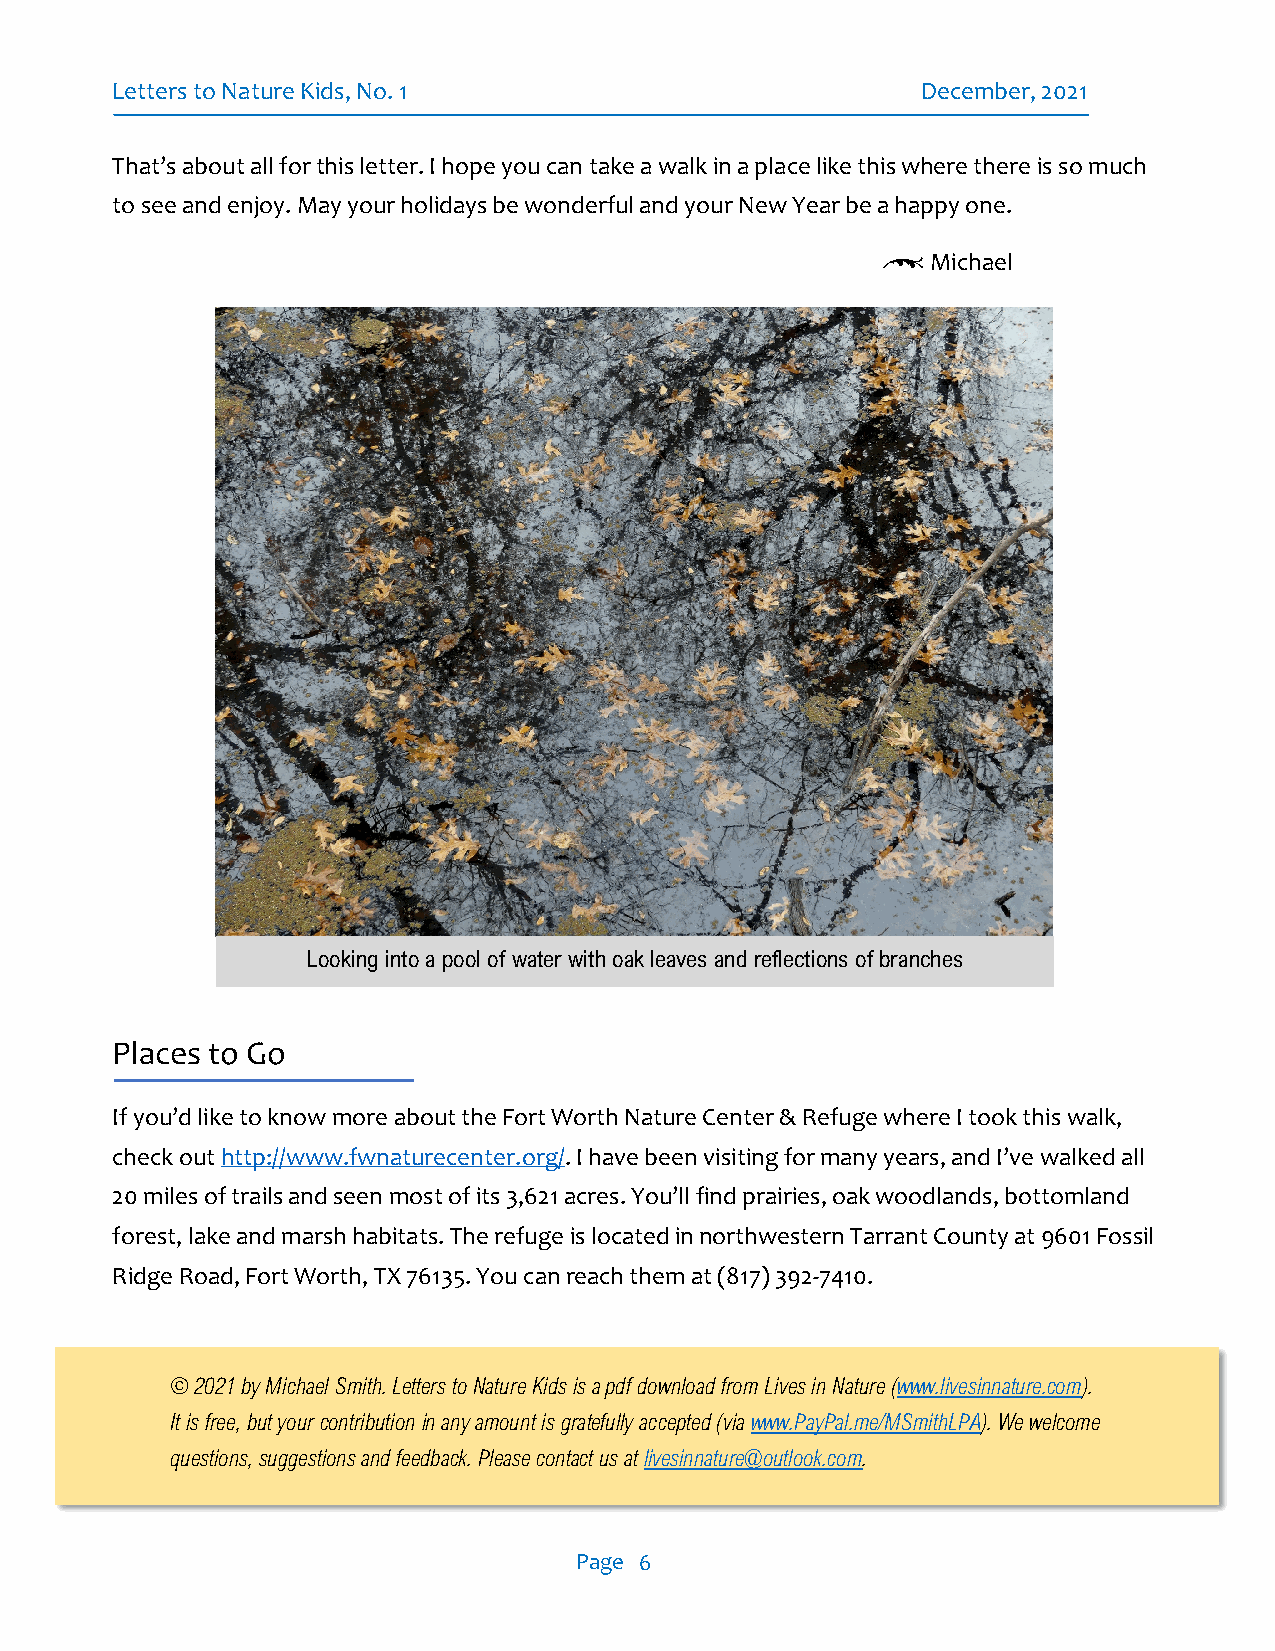
Letters to Nature Kids, No. 1                         December, 2021
 That’s about all for this letter. I hope you can take a walk in a place like this where there is so much
 to see and enjoy. May your holidays be wonderful and your New Year be a happy one.
 \   Michael
 Looking into a pool of water with oak leaves and reflections of branches
 Places to Go
 If you’d like to know more about the Fort Worth Nature Center & Refuge where I took this walk,
 check out http://www.fwnaturecenter.org/. I have been visiting for many years, and I’ve walked all
 20 miles of trails and seen most of its 3,621 acres. You’ll find prairies, oak woodlands, bottomland
 forest, lake and marsh habitats. The refuge is located in northwestern Tarrant County at 9601 Fossil
 Ridge Road, Fort Worth, TX 76135. You can reach them at (817) 392-7410.
 © 2021 by Michael Smith. Letters to Nature Kids is a pdf download from Lives in Nature (www.livesinnature.com).
 It is free, but your contribution in any amount is gratefully accepted (via www.PayPal.me/MSmithLPA). We welcome
 questions, suggestions and feedback. Please contact us at livesinnature@outlook.com.
 Page 6